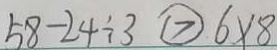
5 8 - 2 4 \div 3 \textcircled { > } 6 \times 8